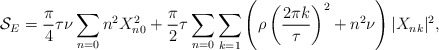
\begin{align*}{\cal S}_E=\frac{\pi}{4}\tau\nu \sum_{n=0} n^2 X_{n0}^2+ \frac{\pi}{2}\tau \sum_{n=0}\sum_{k=1} \left ( \rho \left ( \frac{2\pi k}{\tau} \right )^2 + n^2\nu \right ) |X_{nk}|^2,\end{align*}